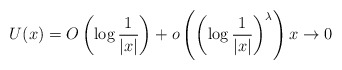
\begin{align*} U(x)=O\left( \log\frac{1}{|x|}\right)+o\left( \left(\log\frac{1}{|x|}\right)^\lambda \right) x\to0 \end{align*}